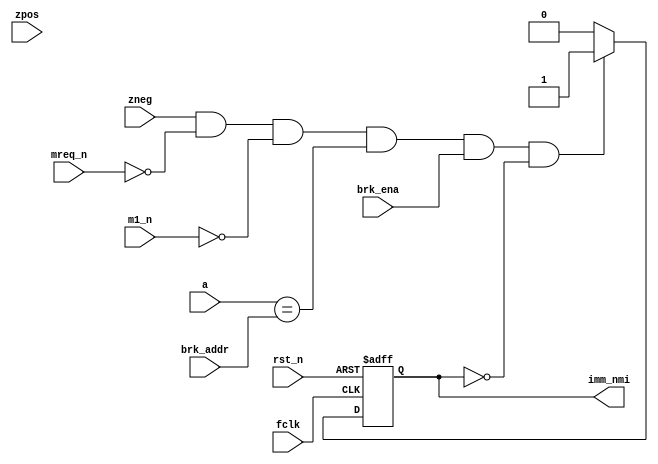
module zbreak
(
	input  wire        fclk,  // global FPGA clock
	input  wire        rst_n, // system reset

	input  wire        zpos,
	input  wire        zneg,


	input  wire [15:0] a,

	input  wire        mreq_n,
	input  wire        m1_n,


	input  wire        brk_ena,
	input  wire [15:0] brk_addr,


	output reg         imm_nmi
);



	always @(posedge fclk, negedge rst_n)
	if( !rst_n )
		imm_nmi <= 1'b0;
	else if( zneg && !mreq_n && !m1_n && a==brk_addr && brk_ena && !imm_nmi )
		imm_nmi <= 1'b1;
	else
		imm_nmi <= 1'b0;


endmodule